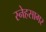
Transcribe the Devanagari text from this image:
स्नेहसागर